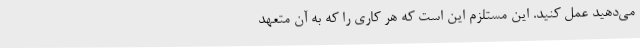
می‌دهید عمل کنید. این مستلزم این است که هر کاری را که به آن متعهد